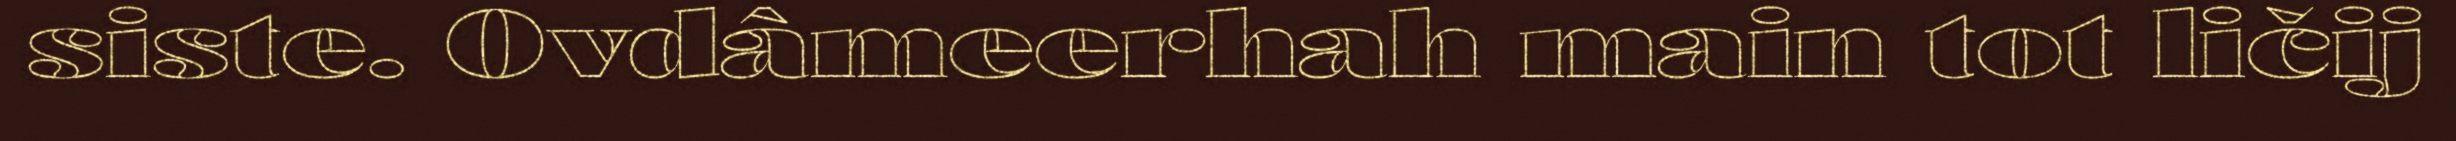
siste. Ovdâmeerhah main tot ličij